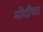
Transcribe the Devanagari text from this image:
मोदीचा